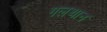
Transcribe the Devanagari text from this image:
गलथान